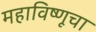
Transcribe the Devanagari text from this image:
महाविष्णूचा